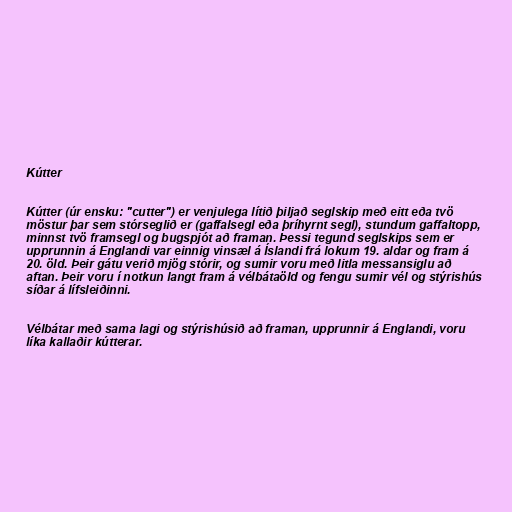
Kútter

Kútter (úr ensku: "cutter") er venjulega lítið þiljað seglskip með eitt eða tvö
möstur þar sem stórseglið er (gaffalsegl eða þríhyrnt segl), stundum gaffaltopp,
minnst tvö framsegl og bugspjót að framan. Þessi tegund seglskips sem er
upprunnin á Englandi var einnig vinsæl á Íslandi frá lokum 19. aldar og fram á
20. öld. Þeir gátu verið mjög stórir, og sumir voru með litla messansiglu að
aftan. Þeir voru í notkun langt fram á vélbátaöld og fengu sumir vél og stýrishús
síðar á lífsleiðinni.

Vélbátar með sama lagi og stýrishúsið að framan, upprunnir á Englandi, voru
líka kallaðir kútterar.